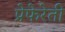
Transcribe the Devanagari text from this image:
प्रेफेरेती